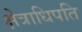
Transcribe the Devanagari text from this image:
क्षेत्राधिपति